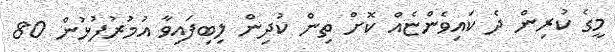
މީގެ ކުރިން ދެ ކައިވެންޏެއް ކޮށް ތިން ކުދިން ލިބިފައިވާ އުމުރުފުޅުން 80